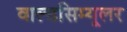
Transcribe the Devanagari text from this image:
वाल्डसिम्यूलर